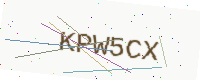
Text: KPW5CX